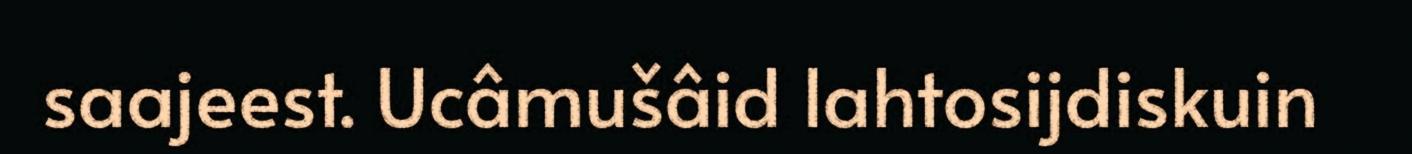
saajeest. Ucâmušâid lahtosijdiskuin